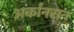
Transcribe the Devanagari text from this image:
अर्कानसन